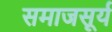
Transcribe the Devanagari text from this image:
समाजसूर्य